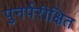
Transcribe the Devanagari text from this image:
पुनर्परीक्षित